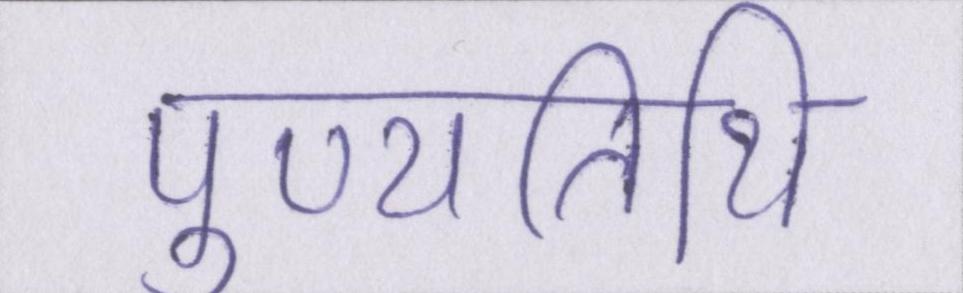
पुण्यतिथि